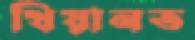
খিয়ানত